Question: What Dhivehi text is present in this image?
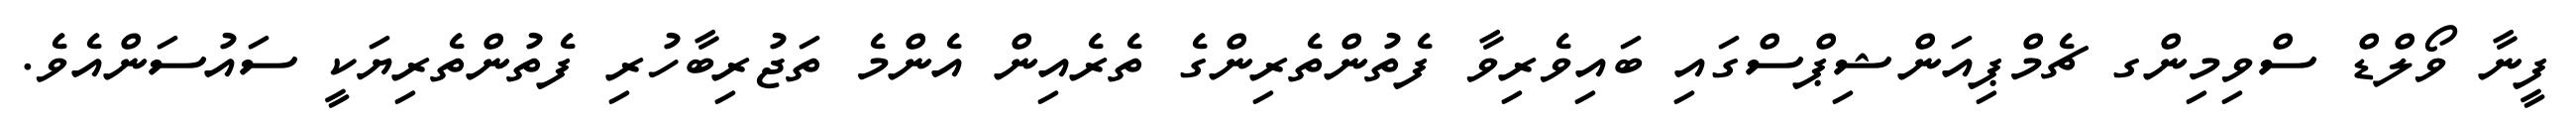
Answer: ފީނާ ވޯލްޑް ސްވިމިންގ ޗެމްޕިއަންޝިޕްސްގައި ބައިވެރިވާ ފެތުންތެރިންގެ ތެރެއިން އެންމެ ތަޖުރިބާހުރި ފެތުންތެރިޔަކީ ސައުސަންއެވެ.